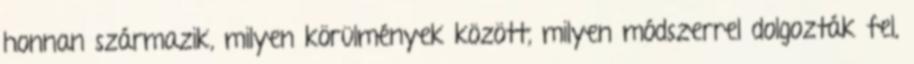
honnan származik, milyen körülmények között, milyen módszerrel dolgozták fel,